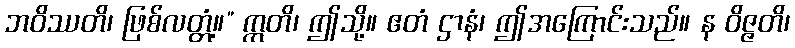
ဘဝိဿတိ၊ ဖြစ်လတ္တံ့။” ဣတိ၊ ဤသို့။ ဧတံ ဌာနံ၊ ဤအကြောင်းသည်။ န ဝိဇ္ဇတိ၊